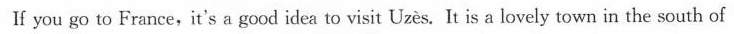
If you go to France,it's a good idea to visit Uzès. It is a lovely town in the south of